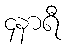
၄နာရီ